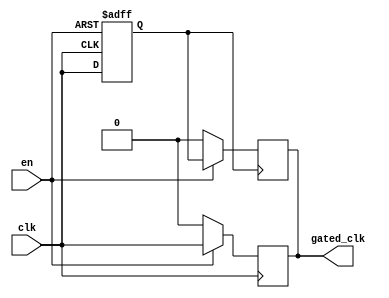
module clock_gating_buffer (
    input wire clk,        // Main clock signal
    input wire en,        // Enable signal for clock gating
    output reg gated_clk   // Gated clock output
);

// Internal signal to hold the gated clock state
reg clk_delayed;

// Clock gating logic
always @(posedge clk) begin
    if (en) begin
        gated_clk <= clk; // Pass through the clock when enabled
    end else begin
        gated_clk <= 1'b0; // Hold the clock low when not enabled
    end
end

// Optional: To avoid glitches, we can introduce a simple synchronizer
always @(posedge clk or negedge en) begin
    if (!en) begin
        clk_delayed <= 1'b0; // Hold low if disabled
    end else begin
        clk_delayed <= clk; // Delay the clock when enabled
    end
end

// Final gated clock output
always @(posedge clk_delayed) begin
    gated_clk <= en ? clk_delayed : 1'b0; // Update gated clock based on enable
end

endmodule